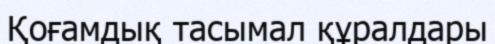
Қоғамдық тасымал құралдары